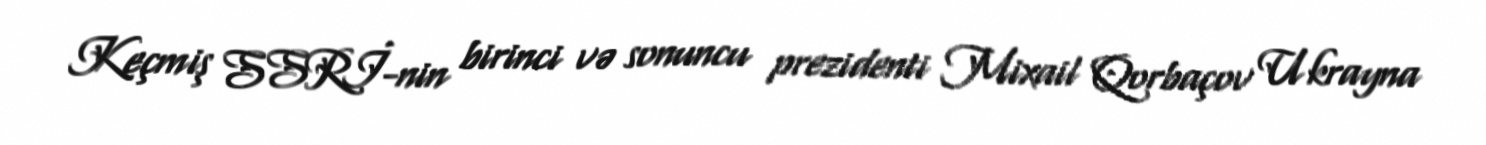
Keçmiş SSRİ-nin birinci və sonuncu prezidenti Mixail Qorbaçov Ukrayna